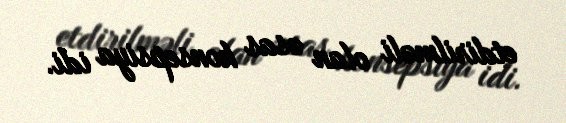
etdirilməli olan əsas konsepsiya idi.